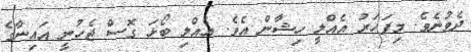
ދެވުނެވެ. މިފަހަރު އެއްލީ ހިޝާން އެވެ. އެއްލި ބޯޅަ ގޮސް ޖެހުނީ އައިނާގެ